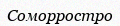
Соморростро